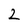
Character: 2